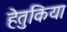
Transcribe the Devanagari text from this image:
हेतुकिया